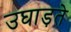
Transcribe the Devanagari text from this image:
उघाड़ते